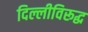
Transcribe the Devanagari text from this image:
दिल्लीविरूद्ध